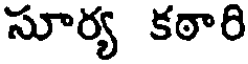
సూర్య కఠారి